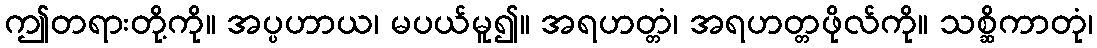
ဤတရားတို့ကို။ အပ္ပဟာယ၊ မပယ်မူ၍။ အရဟတ္တံ၊ အရဟတ္တဖိုလ်ကို။ သစ္ဆိကာတုံ၊